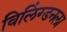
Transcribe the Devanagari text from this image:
विलिंग्डनला